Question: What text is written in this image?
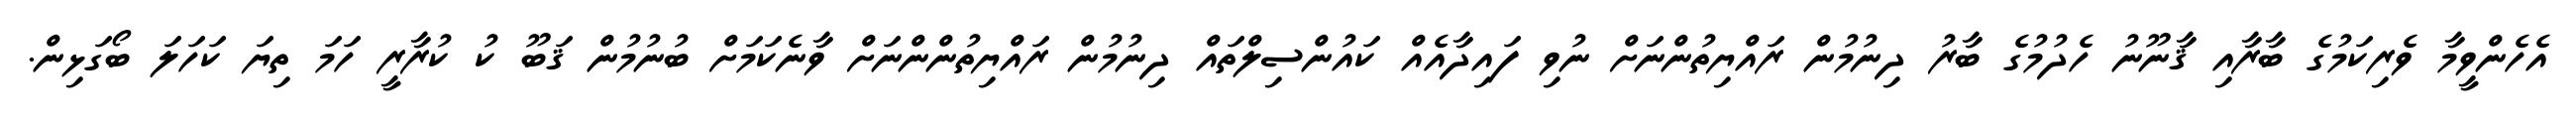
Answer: އެހެންވީމާ ވެރިކަމުގެ ބާރާއި ޤާނޫނު ހެދުމުގެ ބާރު ދިނުމުން ރައްޔިތުންނަށް ނުވި ފައިދާއެއް ކައުންސިލްތައް ދިނުމުން ރައްޔިތުންންނަށް ވާނެކަމަށް ބުނުމުން ޤަބޫ ކު ކުރާރީ ހަމަ ތިޔަ ކަހަލަ ބޯގަޅިން.